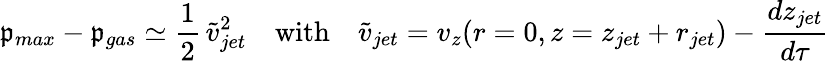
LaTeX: \mathfrak{p}_{max}-\mathfrak{p}_{gas}\simeq\frac{{1}}{{2}}\, \tilde{{v}}_{jet}^{2}\quad\mathrm{{with}}\quad\tilde{{v}}_{jet}=v_{z}(r=0,z=z_{jet}+r_{jet})-\frac{{dz_{jet}}}{{d\tau}}\,